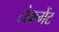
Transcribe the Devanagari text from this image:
सेक्रमेंट